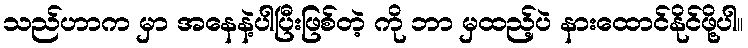
သည်ဟာက မှာ အနေနဲ့ပါပြီးဖြစ်တဲ့ ကို ဘာ မှထည့်ပဲ နားထောင်နိုင်ဖို့ပါ။